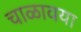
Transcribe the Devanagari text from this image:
चाळावया